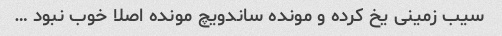
سیب زمینی یخ کرده و مونده ساندویچ مونده اصلا خوب نبود …